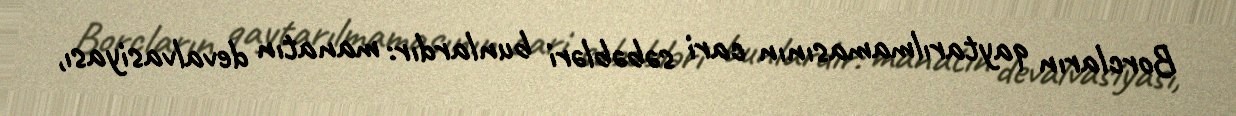
Borcların qaytarılmamasının cari səbəbləri bunlardır: manatın devalvasiyası,